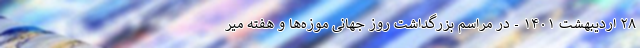
۲۸ اردیبهشت ۱۴۰۱ - در مراسم بزرگداشت روز جهانی موزه‌ها و هفته میر